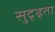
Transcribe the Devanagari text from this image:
सुद्र्ढ्ता